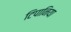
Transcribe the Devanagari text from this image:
टिपानिया